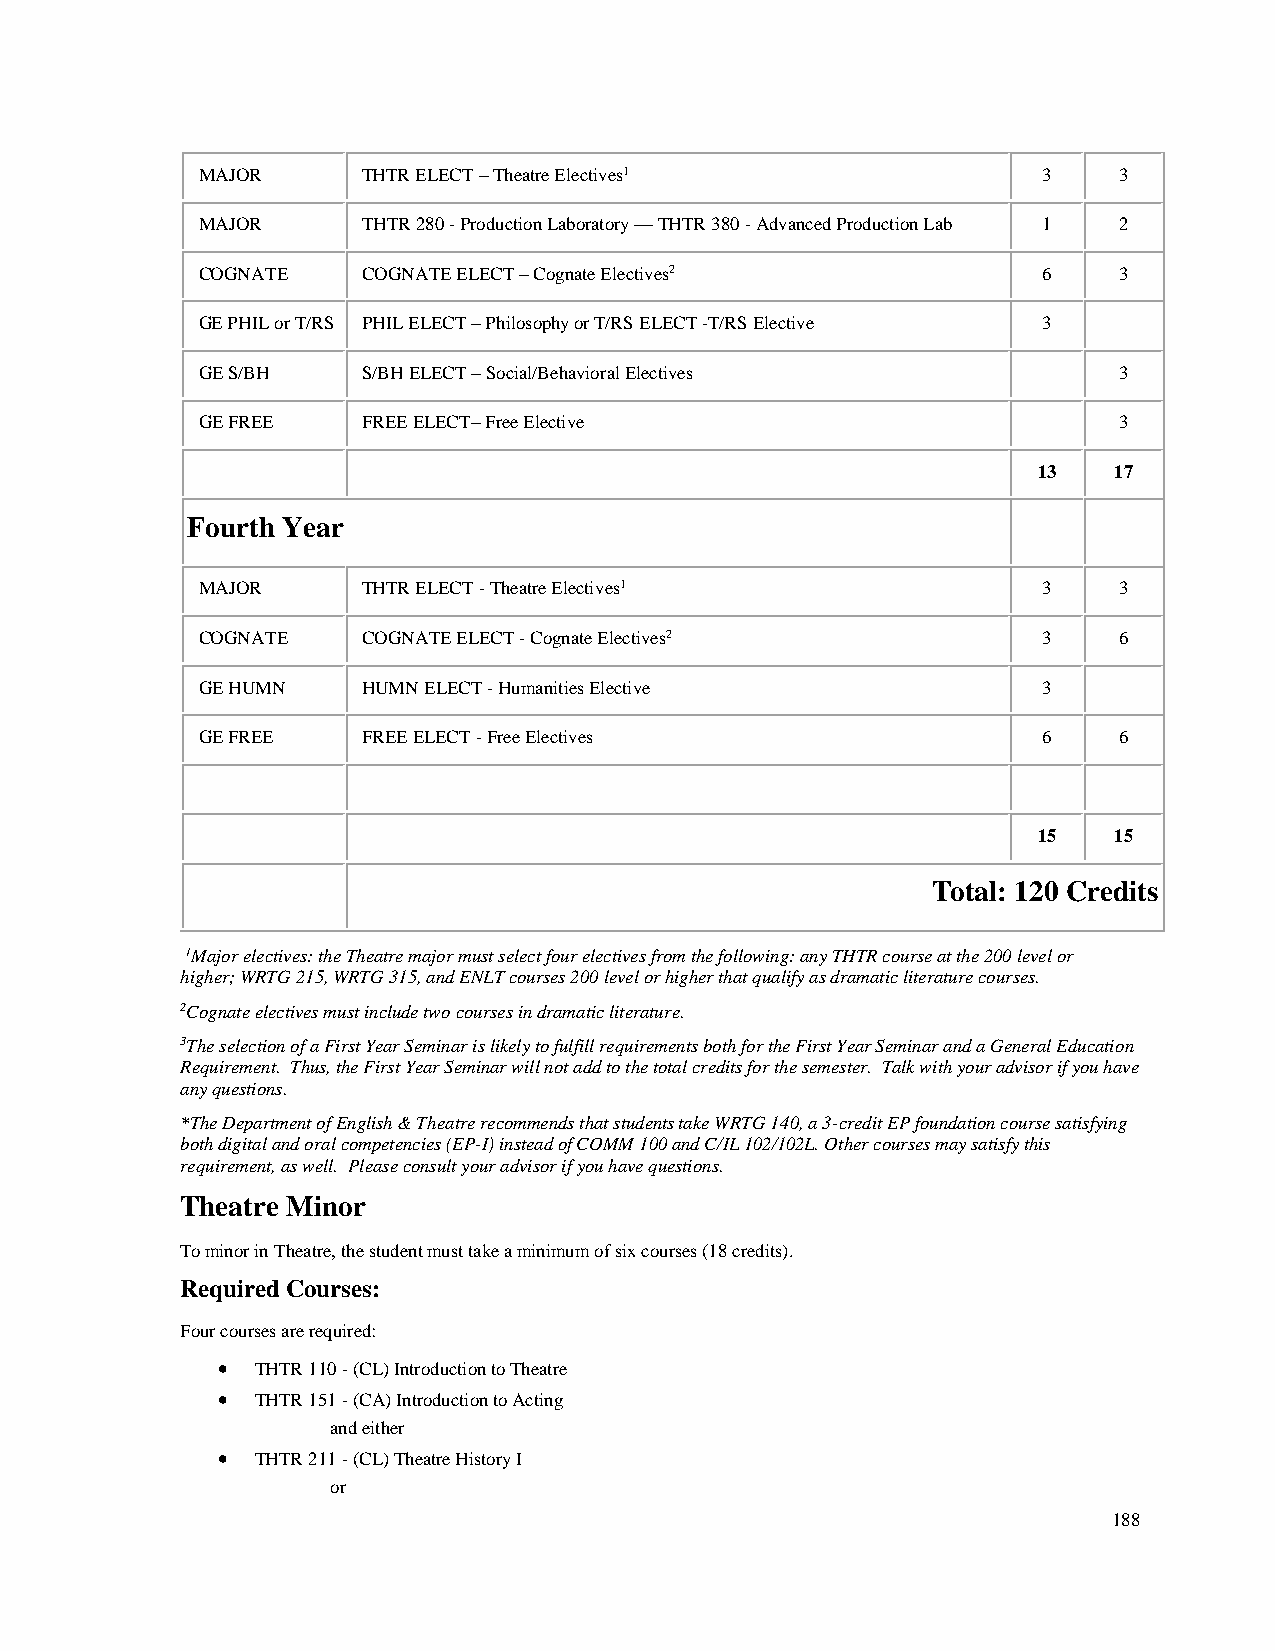
MAJOR      THTR ELECT – Theatre Electives1              3    3
 MAJOR      THTR 280 - Production Laboratory — THTR 380 - Advanced Production Lab 1 2
 COGNATE    COGNATE ELECT – Cognate Electives2           6    3
 GE PHIL or T/RS PHIL ELECT – Philosophy or T/RS ELECT -T/RS Elective 3
 GE S/BH    S/BH ELECT – Social/Behavioral Electives          3
 GE FREE    FREE ELECT– Free Elective                         3
 13   17
 Fourth Year
 MAJOR      THTR ELECT - Theatre Electives1              3    3
 COGNATE    COGNATE ELECT - Cognate Electives2           3    6
 GE HUMN    HUMN ELECT - Humanities Elective             3
 GE FREE    FREE ELECT - Free Electives                  6    6
 15   15
 Total: 120 Credits
 1Major electives: the Theatre major must select four electives from the following: any THTR course at the 200 level or
 higher; WRTG 215, WRTG 315, and ENLT courses 200 level or higher that qualify as dramatic literature courses.
 2Cognate electives must include two courses in dramatic literature.
 3The selection of a First Year Seminar is likely to fulfill requirements both for the First Year Seminar and a General Education
 Requirement. Thus, the First Year Seminar will not add to the total credits for the semester. Talk with your advisor if you have
 any questions.
 *The Department of English & Theatre recommends that students take WRTG 140, a 3-credit EP foundation course satisfying
 both digital and oral competencies (EP-I) instead of COMM 100 and C/IL 102/102L. Other courses may satisfy this
 requirement, as well. Please consult your advisor if you have questions.
 Theatre Minor
 To minor in Theatre, the student must take a minimum of six courses (18 credits).
 Required Courses:
 Four courses are required:
 •  THTR 110 - (CL) Introduction to Theatre
 •  THTR 151 - (CA) Introduction to Acting
 and either
 •  THTR 211 - (CL) Theatre History I
 or
 188